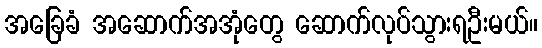
အခြေခံ အဆောက်အအုံတွေ ဆောက်လုပ်သွားရဦးမယ်။